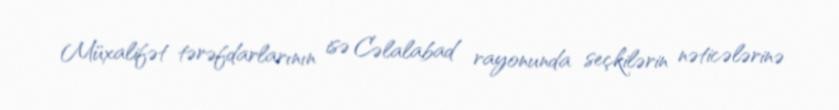
Müxalifət tərəfdarlarının isə Cəlalabad rayonunda seçkilərin nəticələrinə